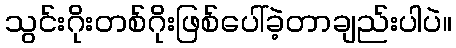
သွင်းဂိုးတစ်ဂိုးဖြစ်ပေါ်ခဲ့တာချည်းပါပဲ။